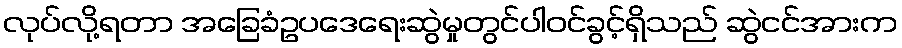
လုပ်လို့ရတာ အခြေခံဥပဒေရေးဆွဲမှုတွင်ပါဝင်ခွင့်ရှိသည် ဆွဲငင်အားက